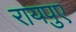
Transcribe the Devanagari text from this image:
रायपुए